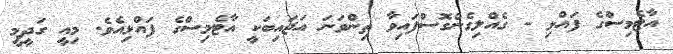
އާޓެމިސްގެ ފައްޅި - ގެއްލިގެންގޮސްފައިވާ ތިންވަނަ އަޖައިބަކީ އާޓެމިސްގެ ފައްޅިއެވެ. މިއީ ގަދީމީ